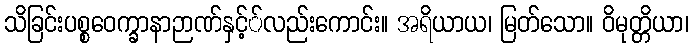
သိခြင်းပစ္စဝေက္ခာနာဉာဏ်နှင့််လည်းကောင်း။ အရိယာယ၊ မြတ်သော။ ဝိမုတ္တိယာ၊